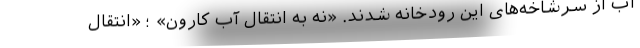
آب از سرشاخه‌های این رودخانه شدند. «نه به انتقال آب کارون» ؛ «انتقال